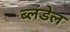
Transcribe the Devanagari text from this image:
ब्लंडेल